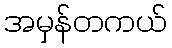
အမှန်တကယ်